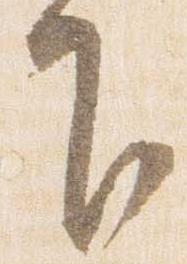
下